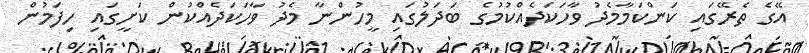
އޭގެ ތެރޭގައި ކަންކަމާމެދު ވާހަކަދެއްކުމުގެ ބަދަލުގައި މީހުންނާ މެދު ވާހަކަދެއްކުން ކަށީގައި ހިފަމުން